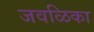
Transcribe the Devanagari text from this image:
जवळिका